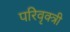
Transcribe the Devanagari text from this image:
परिवृक्त्री